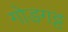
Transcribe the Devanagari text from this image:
गोडगट्ट